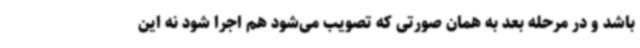
باشد و در مرحله بعد به همان صورتی که تصویب می‌شود هم اجرا شود نه این